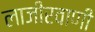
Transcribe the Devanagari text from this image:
लाजीरवाणी